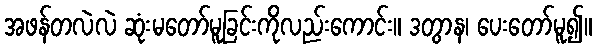
အဖန်တလဲလဲ ဆုံးမတော်မူခြင်းကိုလည်းကောင်း။ ဒတွာန၊ ပေးတော်မူ၍။